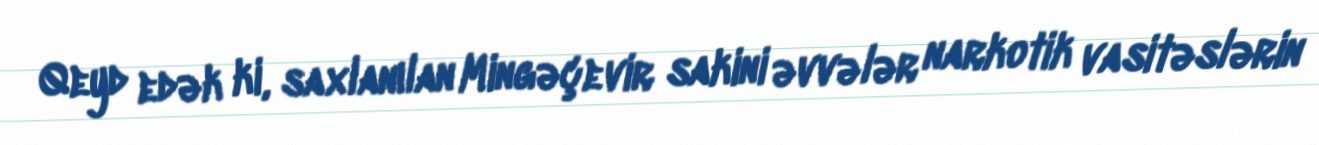
Qeyd edək ki, saxlanılan Mingəçevir sakini əvvələr narkotik vasitəslərin